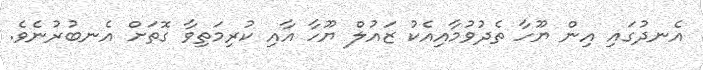
އެނދުގައި އިން ޔޫހާ ތެދުވުމާއިއެކު ޒައުލް ޔޫހާ އާއި ކުރިމަތިވާ ގޮތަށް އެނބުރުނެވެ.